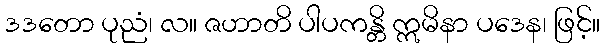
ဒဒတော ပုညံ၊ လ။ ဇဟာတိ ပါပကန္တိ ဣမိနာ ပဒေန၊ ဖြင့်။